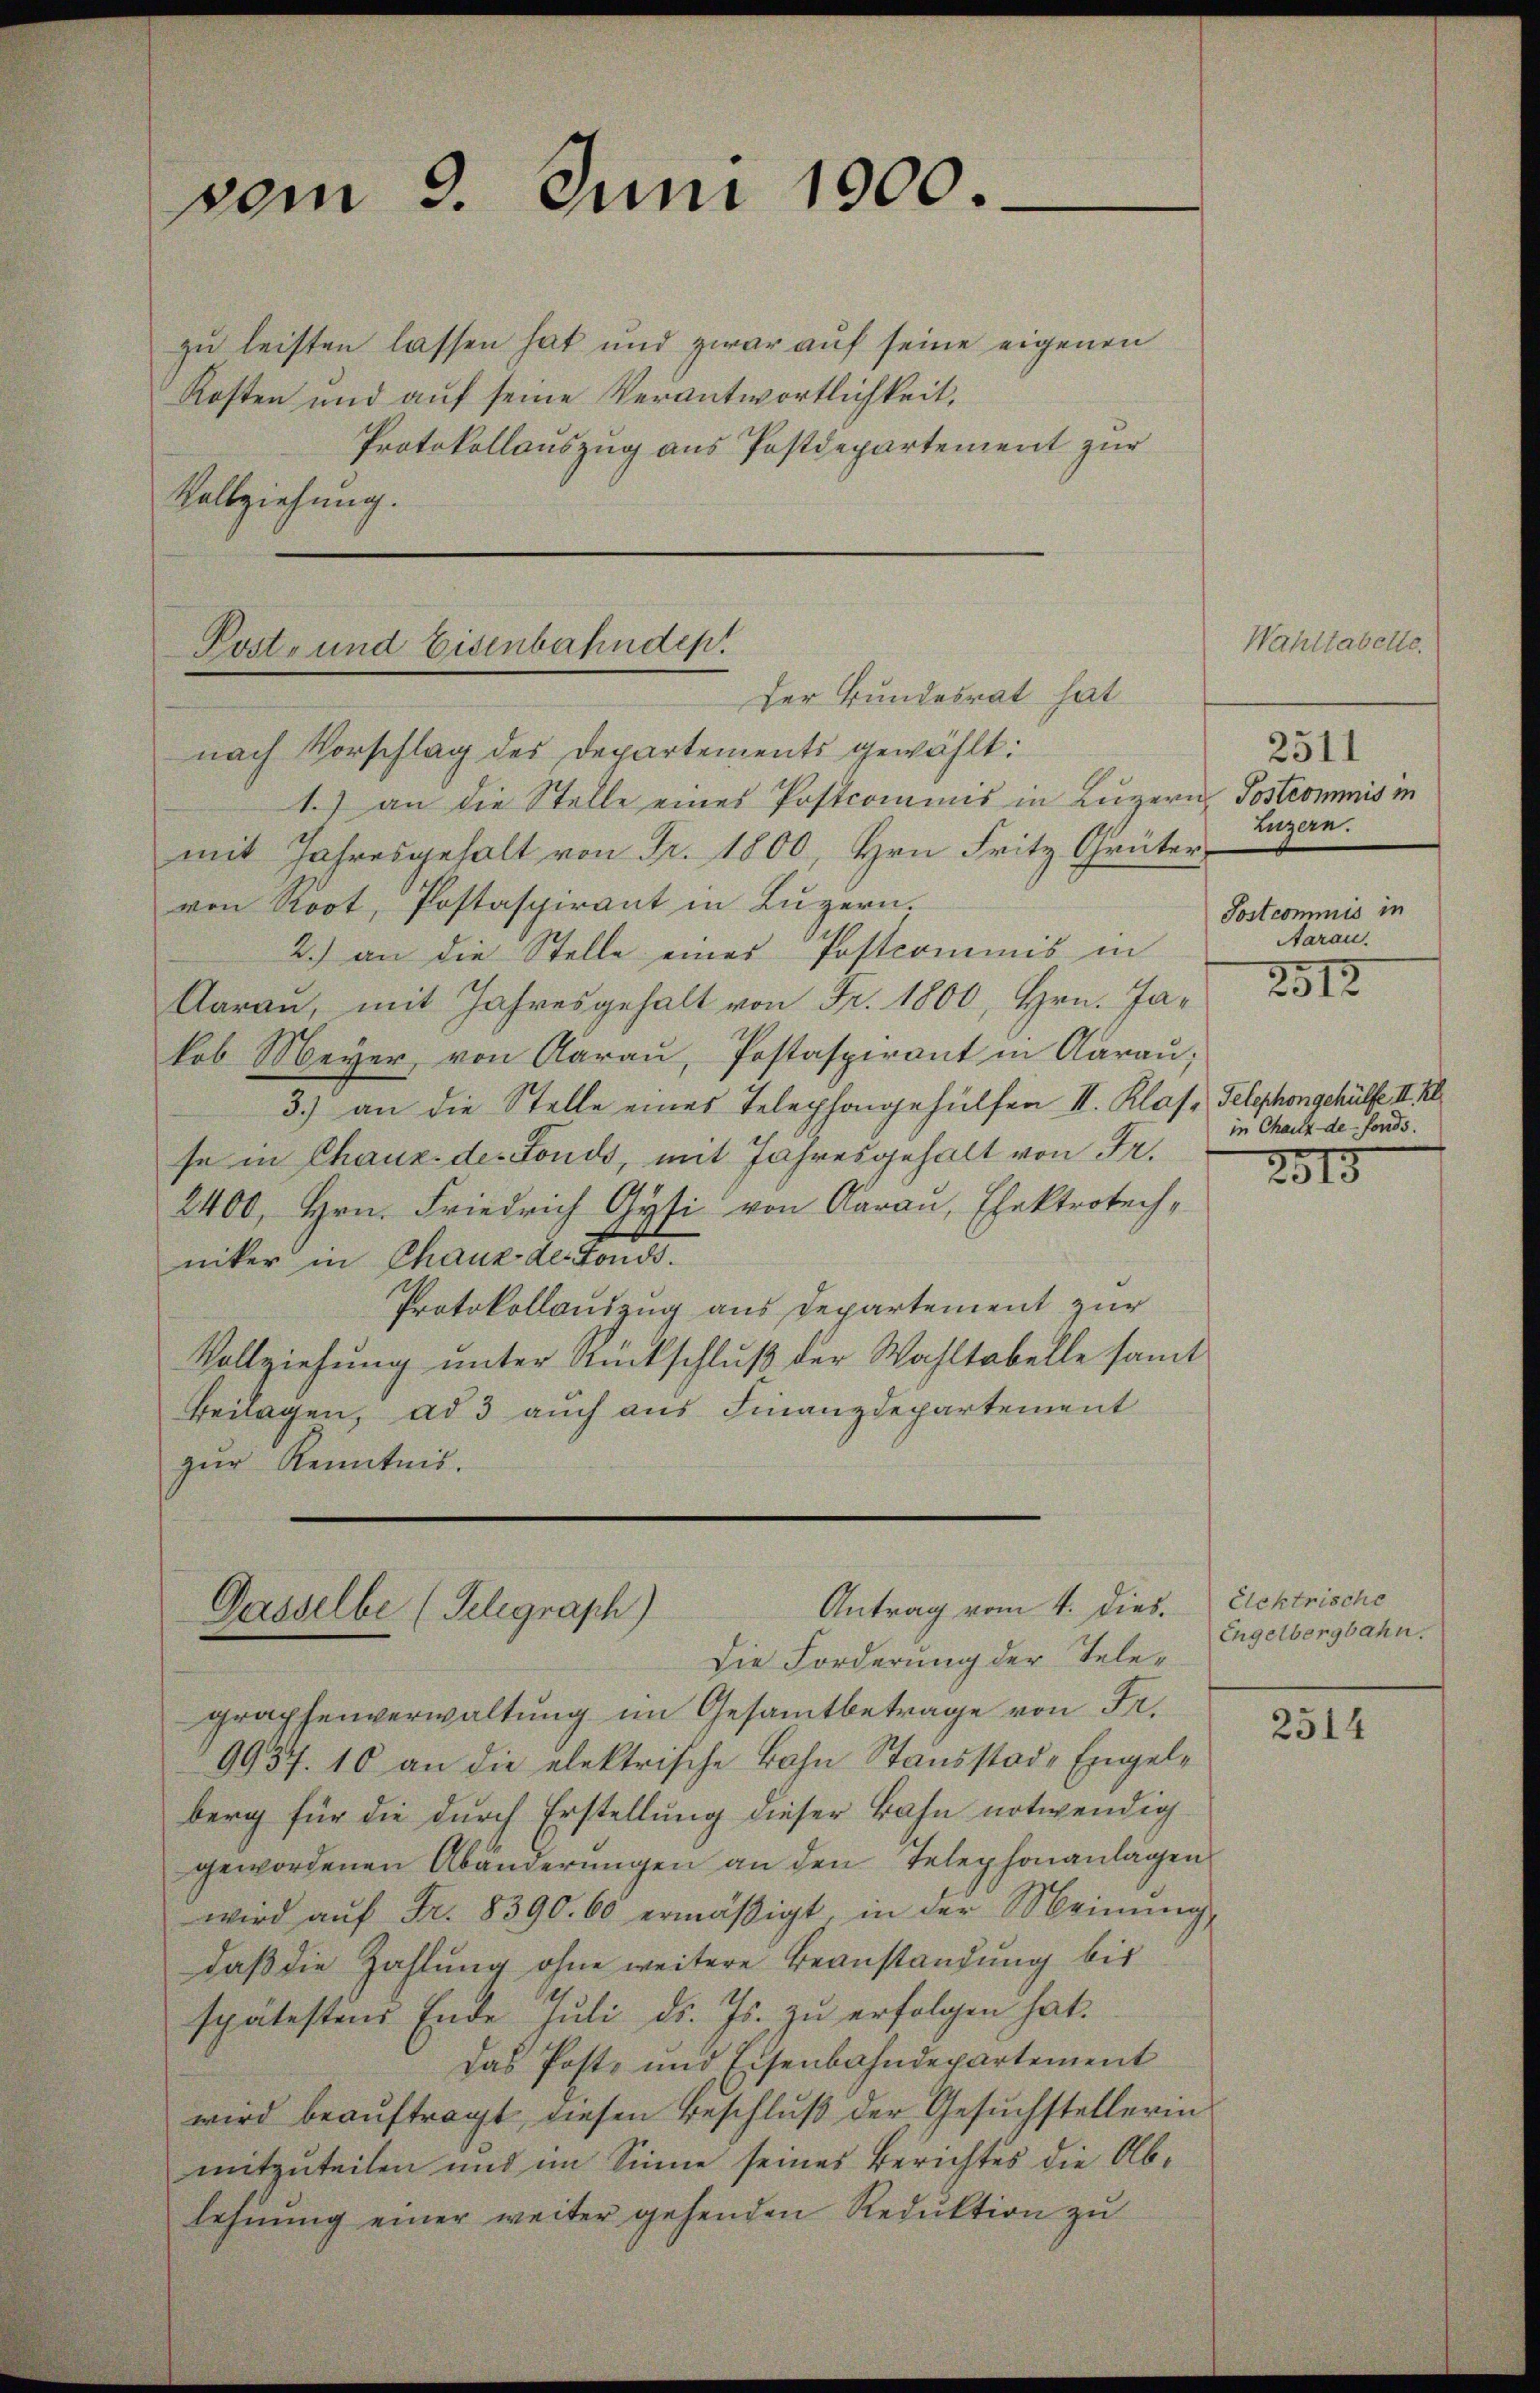
vom 9. Juni 1900.

zu leisten lassen hat und zwar auf seine eigenen
Kosten und auf seine Verantwortlichkeit,
Protokollauszug aus Postdepartement zur
Vollziehung.

Post- und Eisenbahndep
Der Bundesrat hat

nach Vorschlag des Departements gewählt:
1.) an die Stelle eines Postcommis in Luzern Postcommis in
mit Jahresgehalt von Fr. 1800, Hrn. Fritz Grüter-
von Root, Postaspirant in Luzern.
2.) an die Stelle eines Postcommis in
Aarau, mit Jahresgehalt von Fr. 1800, Hrn. Jakob Meyer von Aarau, Postaspirant in Aarau;
3.) an die Stelle eines Telephongehülfen II. Klas, Telephongehülfe II.
se in Chaux-de-Fonds, mit Jahresgehalt von Fr.
2400, Hrn. Friedrich Gysi von Aarau, Ehektrotechniker in Chaux des Londo.
Protokollauszug aus Departement zur
Vollziehung unter Rückschluß der Wahltabelle samt
Beilagen, ad 3 auch aus Finanzdepartement
zur Kenntnis.

Antrag vom 4. dies.
Dasselbe (Telegraph)
Die Forderung der Tele¬

graphenverwaltung im Gesamtbetrage von Fr.
9957. 10 an die elektrische Bahn Stausstad-Engelberg für die durch Erstellung dieser Bahn notwendig
gewordenen Abänderungen an den Telephonanlagen
wird aŭf Fr. 8390. 60 ermäßigt, in der Meinŭng
daß die Zahlung ohne weitere Beanstandung bis
spätestens Ende Juli d. Js. zu erfolgen hat.
Das Post- und Eisenbahndepartement
wird beauftragt, diesen Beschluß der Gesuchstellerin
mitzuteilen und im Sinne seines Berichtes die Ablehnung einer weiter gehenden Reduktion zu

Wahltabelle.
2511
Luzern.
Postcommis in
Aarau

212

in Chartz de fonds.

2315

Eichtrische
Engelbergbahn.

2514